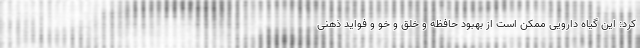
کرد: این گیاه دارویی ممکن است از بهبود حافظه و خلق و خو و فواید ذهنی